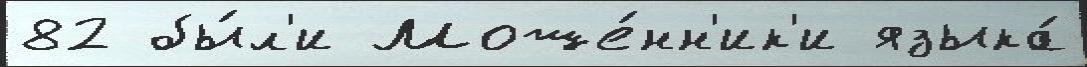
82 бы́л'и Моше́нн'ик'и языка́